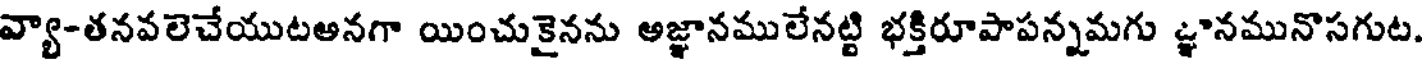
వ్యా-తనవలెచేయుటఅనగా యించుకైనను అజ్ఞానములేనట్టి భక్తిరూపాపన్నమగు జ్ఞానమునొసగుట.